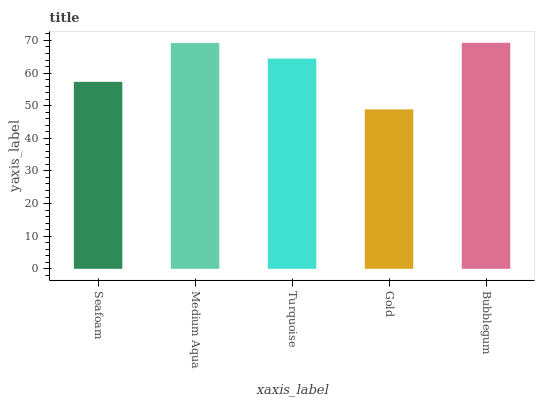
| xaxis_label | bars |
 | --- | --- |
 | Seafoam | 57.3 |
 | Medium Aqua | 69.2 |
 | Turquoise | 64.5 |
 | Gold | 48.9 |
 | Bubblegum | 69.3 |